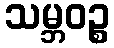
သမ္ဘဝဉ္စ